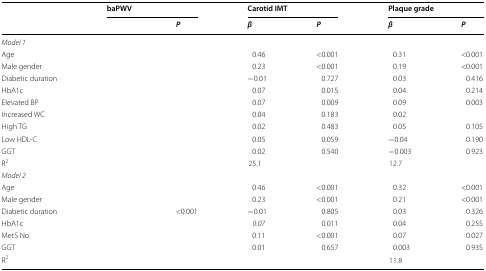
<table><thead><tr><td rowspan="2">[EMPTY_CELL]</td><td colspan="2"><b>baPWV</b></td><td colspan="2"><b>Carotid IMT</b></td><td colspan="2"><b>Plaque grade</b></td></tr><tr><td>[EMPTY_CELL]</td><td><b><i>P</i></b></td><td><b><i>β</i></b></td><td><b><i>P</i></b></td><td><b><i>β</i></b></td><td><b><i>P</i></b></td></tr></thead><tbody><tr><td colspan="7"><i>Model 1</i></td></tr><tr><td>Age</td><td>[EMPTY_CELL]</td><td>[EMPTY_CELL]</td><td>0.46</td><td>&lt;0.001</td><td>0.31</td><td>&lt;0.001</td></tr><tr><td>Male gender</td><td>[EMPTY_CELL]</td><td>[EMPTY_CELL]</td><td>0.23</td><td>&lt;0.001</td><td>0.19</td><td>&lt;0.001</td></tr><tr><td>Diabetic duration</td><td>[EMPTY_CELL]</td><td>[EMPTY_CELL]</td><td>−0.01</td><td>0.727</td><td>0.03</td><td>0.416</td></tr><tr><td>HbA1c</td><td>[EMPTY_CELL]</td><td>[EMPTY_CELL]</td><td>0.07</td><td>0.015</td><td>0.04</td><td>0.214</td></tr><tr><td>Elevated BP</td><td>[EMPTY_CELL]</td><td>[EMPTY_CELL]</td><td>0.07</td><td>0.009</td><td>0.09</td><td>0.003</td></tr><tr><td>Increased WC</td><td>[EMPTY_CELL]</td><td>[EMPTY_CELL]</td><td>0.04</td><td>0.183</td><td>0.02</td><td>[EMPTY_CELL]</td></tr><tr><td>High TG</td><td>[EMPTY_CELL]</td><td>[EMPTY_CELL]</td><td>0.02</td><td>0.483</td><td>0.05</td><td>0.105</td></tr><tr><td>Low HDL-C</td><td>[EMPTY_CELL]</td><td>[EMPTY_CELL]</td><td>0.05</td><td>0.059</td><td>−0.04</td><td>0.190</td></tr><tr><td>GGT</td><td>[EMPTY_CELL]</td><td>[EMPTY_CELL]</td><td>0.02</td><td>0.540</td><td>−0.003</td><td>0.923</td></tr><tr><td>R<sup>2</sup></td><td colspan="2">[EMPTY_CELL]</td><td colspan="2">25.1</td><td colspan="2">12.7</td></tr><tr><td colspan="7"><i>Model 2</i></td></tr><tr><td>Age</td><td>[EMPTY_CELL]</td><td>[EMPTY_CELL]</td><td>0.46</td><td>&lt;0.001</td><td>0.32</td><td>&lt;0.001</td></tr><tr><td>Male gender</td><td>[EMPTY_CELL]</td><td>[EMPTY_CELL]</td><td>0.23</td><td>&lt;0.001</td><td>0.21</td><td>&lt;0.001</td></tr><tr><td>Diabetic duration</td><td>[EMPTY_CELL]</td><td>&lt;0.001</td><td>−0.01</td><td>0.805</td><td>0.03</td><td>0.326</td></tr><tr><td>HbA1c</td><td>[EMPTY_CELL]</td><td>[EMPTY_CELL]</td><td><i>0.07</i></td><td>0.011</td><td>0.04</td><td>0.255</td></tr><tr><td>MetS No.</td><td>[EMPTY_CELL]</td><td>[EMPTY_CELL]</td><td>0.11</td><td>&lt;0.001</td><td>0.07</td><td>0.027</td></tr><tr><td>GGT</td><td>[EMPTY_CELL]</td><td>[EMPTY_CELL]</td><td>0.01</td><td>0.657</td><td>0.003</td><td>0.935</td></tr><tr><td>R<sup>2</sup></td><td colspan="2">[EMPTY_CELL]</td><td colspan="2">[EMPTY_CELL]</td><td colspan="2">11.8</td></tr></tbody></table>